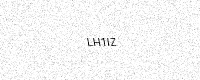
Text: LH1IZ